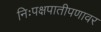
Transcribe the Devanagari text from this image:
निःपक्षपातीपणावर